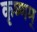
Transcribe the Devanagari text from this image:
कृष्णम्